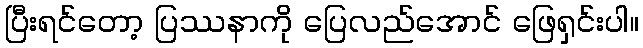
ပြီးရင်တော့ ပြဿနာကို ပြေလည်အောင် ဖြေရှင်းပါ။